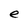
Character: e